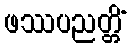
ဖဿပညတ္တိံ